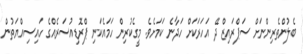
ބެލުންތެރިންނަށް ސަޕްރައިޒް ދޭ އަހަރަކަށް ހަދާނެ ކަމަށެވެ. މީގެކުރިން ހަމައެކަނި ޕްރޮޑިއުސަރެއްގެ ހައިސިއްޔަތުން